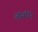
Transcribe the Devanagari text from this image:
ऑंसरिंग